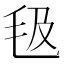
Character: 𣬬